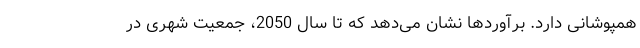
همپوشانی دارد. برآوردها نشان می‌دهد که تا سال 2050، جمعیت شهری در